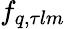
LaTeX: f_{q,\tau lm}